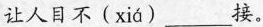
让人目不( xiá )___接。